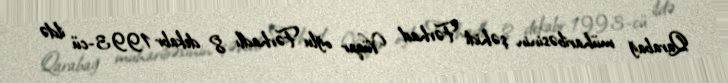
Qarabağ müharibəsinin şəhidi Fərhad Vüqar oğlu Fərhadlı 8 dekabr 1993-cü ildə